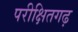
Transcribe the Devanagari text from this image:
परीक्षितगढ़